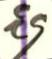
29